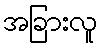
အခြားလူ